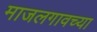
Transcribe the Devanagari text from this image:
माजलगावच्या